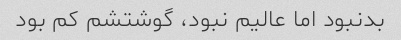
بدنبود اما عالیم نبود، گوشتشم کم بود